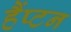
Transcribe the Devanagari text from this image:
हैंप्टन